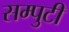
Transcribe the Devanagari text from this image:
सम्पुटी